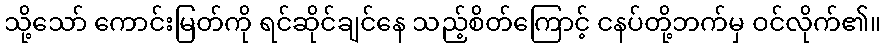
သို့သော် ကောင်းမြတ်ကို ရင်ဆိုင်ချင်နေ သည့်စိတ်ကြောင့် ငနပ်တို့ဘက်မှ ဝင်လိုက်၏။